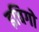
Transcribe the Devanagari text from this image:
इचिगो